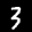
Label: 3